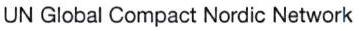
UN Global Compact Nordic Network